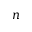
n